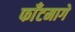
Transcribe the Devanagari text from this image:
फाँटमागे